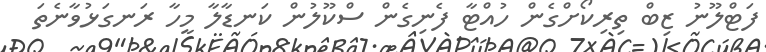
ފަޓްލޫނު ޒިބް ތިރިކޯށްގެން ހުއްޓާ ފެނިގެން ސްކޫލުން ކަނޑާލާ މީހާ ރަނގަޅުވާނެތަ